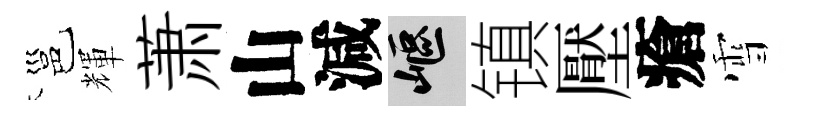
邕輝萧山減嶇镇壓瘡雪